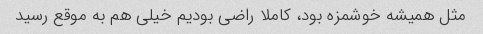
مثل همیشه خوشمزه بود، کاملا راضی بودیم خیلی هم به موقع رسید